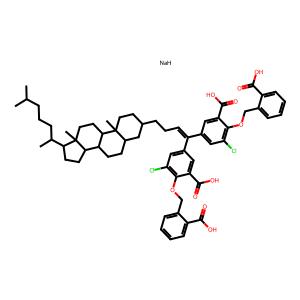
SMILES: CC(C)CCCC(C)C1CCC2C3CCC4CC(CCC=C(c5cc(Cl)c(OCc6ccccc6C(=O)O)c(C(=O)O)c5)c5cc(Cl)c(OCc6ccccc6C(=O)O)c(C(=O)O)c5)CCC4(C)C3CCC12C.[NaH]
Inhibits HIV replication: Yes